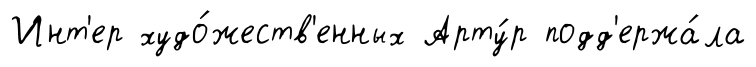
Инт'ер худо́жеств'енных Арту́р подд'ержа́ла